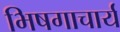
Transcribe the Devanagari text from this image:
भिषगाचार्य